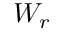
W _ { r }